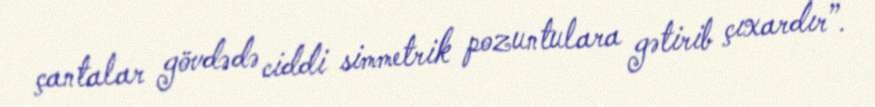
çantalar gövdədə ciddi simmetrik pozuntulara gətirib çıxardır”.